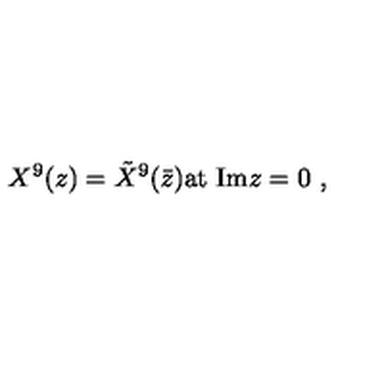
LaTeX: X ^ { 9 } ( z ) = { \tilde { X } } ^ { 9 } ( \bar { z } ) \mathrm { a t \ I m } z = 0 \ ,